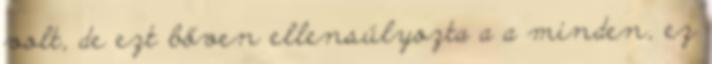
volt, de ezt bőven ellensúlyozta a a minden, ez